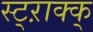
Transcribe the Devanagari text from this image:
स्ट्ऱाक्क्